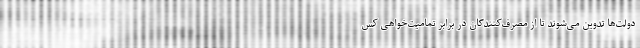
دولت‌ها تدوین می‌شوند تا از مصرف‌کنندگان در برابر تمامیت‌خواهی کس